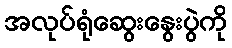
အလုပ်ရုံဆွေးနွေးပွဲကို